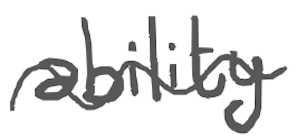
Text: ability
Cross-out: wave
Writing tool: digital_gray